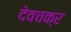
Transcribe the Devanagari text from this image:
देवचक्र